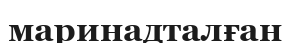
маринадталған